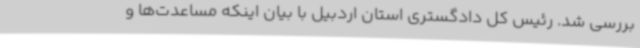
بررسی شد. رئیس کل دادگستری استان اردبیل با بیان اینکه مساعدت‌ها و